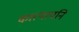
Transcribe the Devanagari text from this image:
कात्यायनि